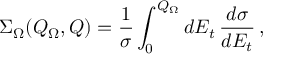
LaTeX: \Sigma _ { \Omega } ( Q _ { \Omega } , Q ) = \frac 1 \sigma \int _ { 0 } ^ { Q _ { \Omega } } d E _ { t } \, \frac { d \sigma } { d E _ { t } } \, ,